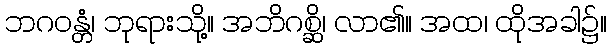
ဘဂဝန္တံ၊ ဘုရားသို့။ အဘိဂစ္ဆိ၊ လာ၏။ အထ၊ ထိုအခါ၌။